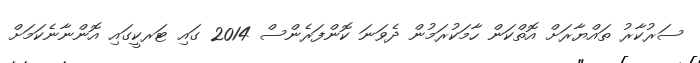
ސަރުކާރު ތައްޔާރަށް އޮތްކަން ހާމަކުރަމުން ދެވަނަ ކޮންފަރެންސް 2014 ގައި ޓަރކީގައި އޮންނާނެކަމަށް